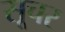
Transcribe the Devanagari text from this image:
सूचर